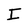
Character: I